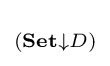
\scriptstyle {(\mathbf {Set} \downarrow D)}